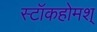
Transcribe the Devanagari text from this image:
स्टॉकहोमश्